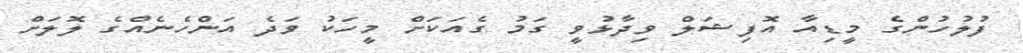
ފުލުހުންގެ މީޑިއާ އޮފިޝަލް ވިދާޅުވީ ގަމު ގެއަކަށް މީހަކު ވަދެ އަންހެނެއްގެ ލޮލަށް